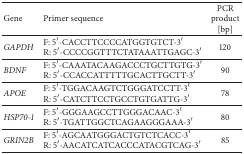
| Gene | Primer sequence | PCR product [bp] |
 | --- | --- | --- |
 | GAPDH | F: 5′-CACCTTCCCCATGGTGTCT-3′ R: 5′-CCCCGGTTTCTATAAATTGAGC-3′ | 120 |
 | BDNF | F: 5′-CAAATACAAGACCCTGCTTGTG-3′ R: 5′-CCACCATTTTTGCACTTGCTT-3′ | 90 |
 | APOE | F: 5′-TGGACAAGTCTGGGATCCTT-3′ R: 5′-CATCTTCCTGCCTGTGATTG-3′ | 78 |
 | HSP70-1 | F: 5′-GGGAAGCCTTGGGACAAC-3′ R: 5′-TGATTGGCTCAGAAGGGAAA-3′ | 80 |
 | GRIN2B | F: 5′-AGCAATGGGACTGTCTCACC-3′ R: 5′-AACATCATCACCCATACGTCAG-3′ | 85 |